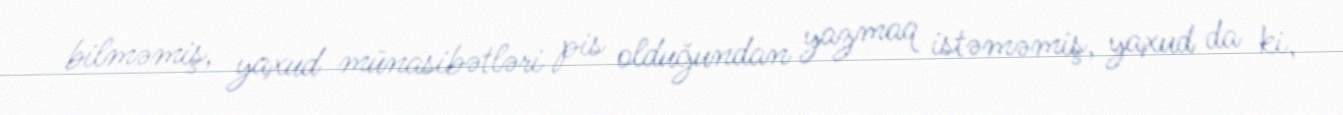
bilməmiş, yaxud münasibətləri pis olduğundan yazmaq istəməmiş, yaxud da ki,